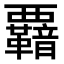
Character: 𮗋